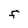
Character: F